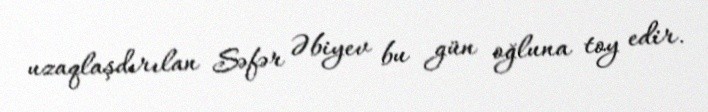
uzaqlaşdırılan Səfər Əbiyev bu gün oğluna toy edir.